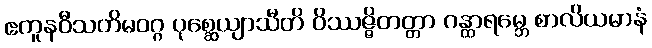
ဧကူနဝီသတိမဝဂ္ဂ ပုစ္ဆေယျာသီတိ ဝိဿဇ္ဇိတတ္တာ ဂန္ထာရမ္ဘေ စာလိယမာနံ